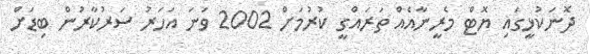
ދޮނަކުޅީގައި ޔޮޓް މެރީނާއެއް ތަރައްގީ ކުރުމަށް 2002 ވަނަ އަހަރު ސަރުކާރުން ބިޑަށް